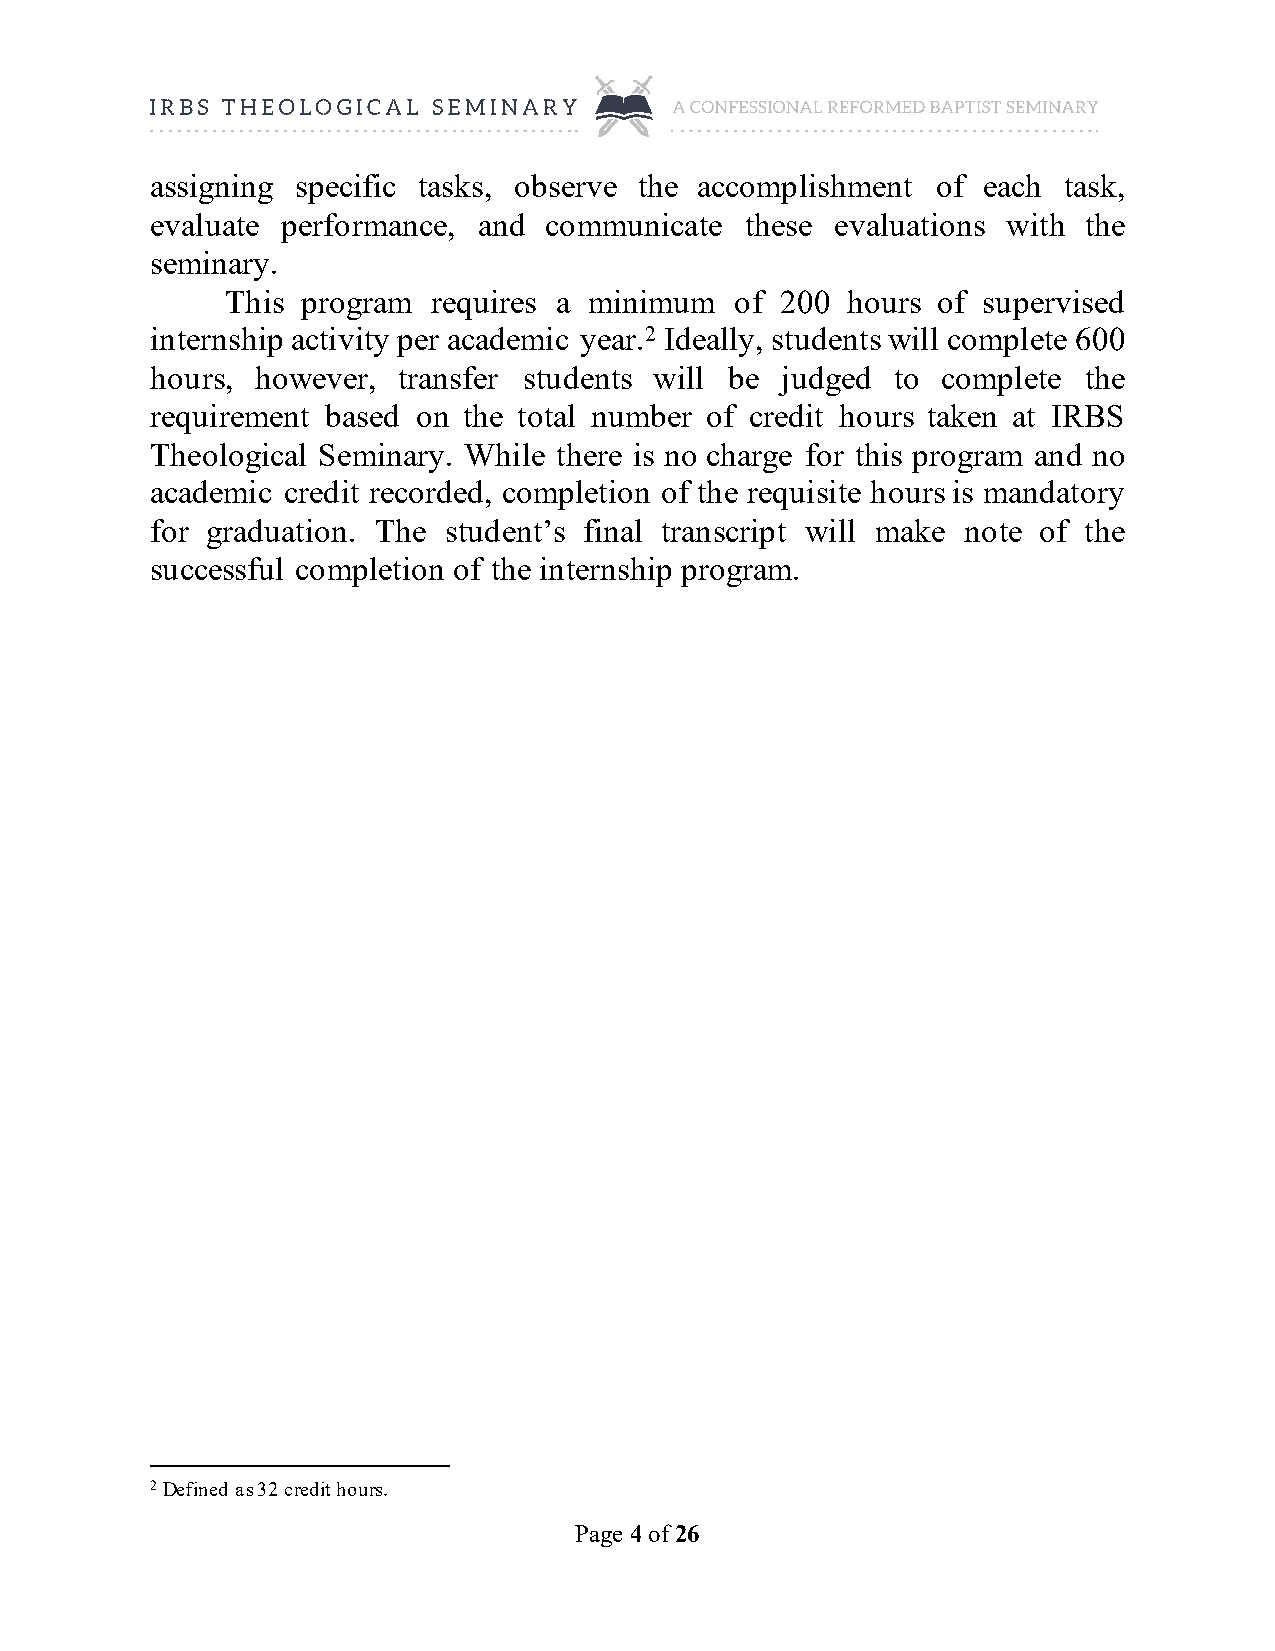
assigning specific tasks, observe the accomplishment of each task,
 evaluate performance, and communicate  these evaluations with the
 seminary.
 This program  requires a minimum  of 200 hours of supervised
 internship activity per academic year.2 Ideally, students will complete 600
 hours, however, transfer students will be judged to complete  the
 requirement based on the total number of credit hours taken at IRBS
 Theological Seminary. While there is no charge for this program and no
 academic credit recorded, completion of the requisite hours is mandatory
 for graduation. The student’s final transcript will make note of the
 successful completion of the internship program.
 2 Defined as 32 credit hours.
 Page 4 of 26